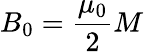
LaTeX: B_{0}={\frac{\mu_{0}}{2}}M